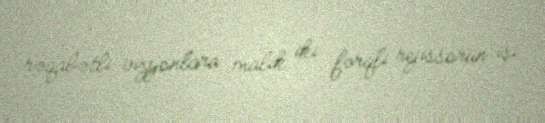
rəqabətli vizyonlara malik iki fərqli rejissorun işi.